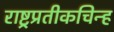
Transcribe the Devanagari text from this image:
राष्ट्रप्रतीकचिन्ह